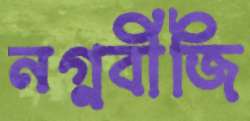
নগ্নবীজি